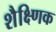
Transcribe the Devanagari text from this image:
शैक्ष्णिक